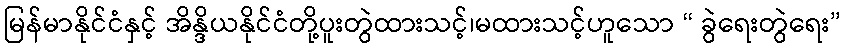
မြန်မာနိုင်ငံနှင့် အိန္ဒိယနိုင်ငံတို့ပူးတွဲထားသင့်၊မထားသင့်ဟူသော “ ခွဲရေးတွဲရေး”